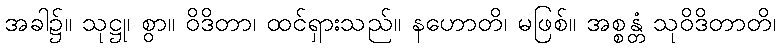
အခါ၌။ သုဋ္ဌု၊ စွာ။ ဝိဒိတာ၊ ထင်ရှားသည်။ နဟောတိ၊ မဖြစ်။ အစ္စန္တံ သုဝိဒိတာတိ၊